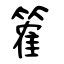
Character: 篧